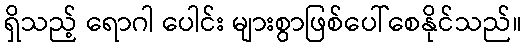
ရှိသည့် ရောဂါ ပေါင်း များစွာဖြစ်ပေါ်စေနိုင်သည်။